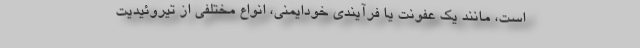
است، مانند یک عفونت یا فرآیندی خودایمنی، انواع مختلفی از تیروئیدیت